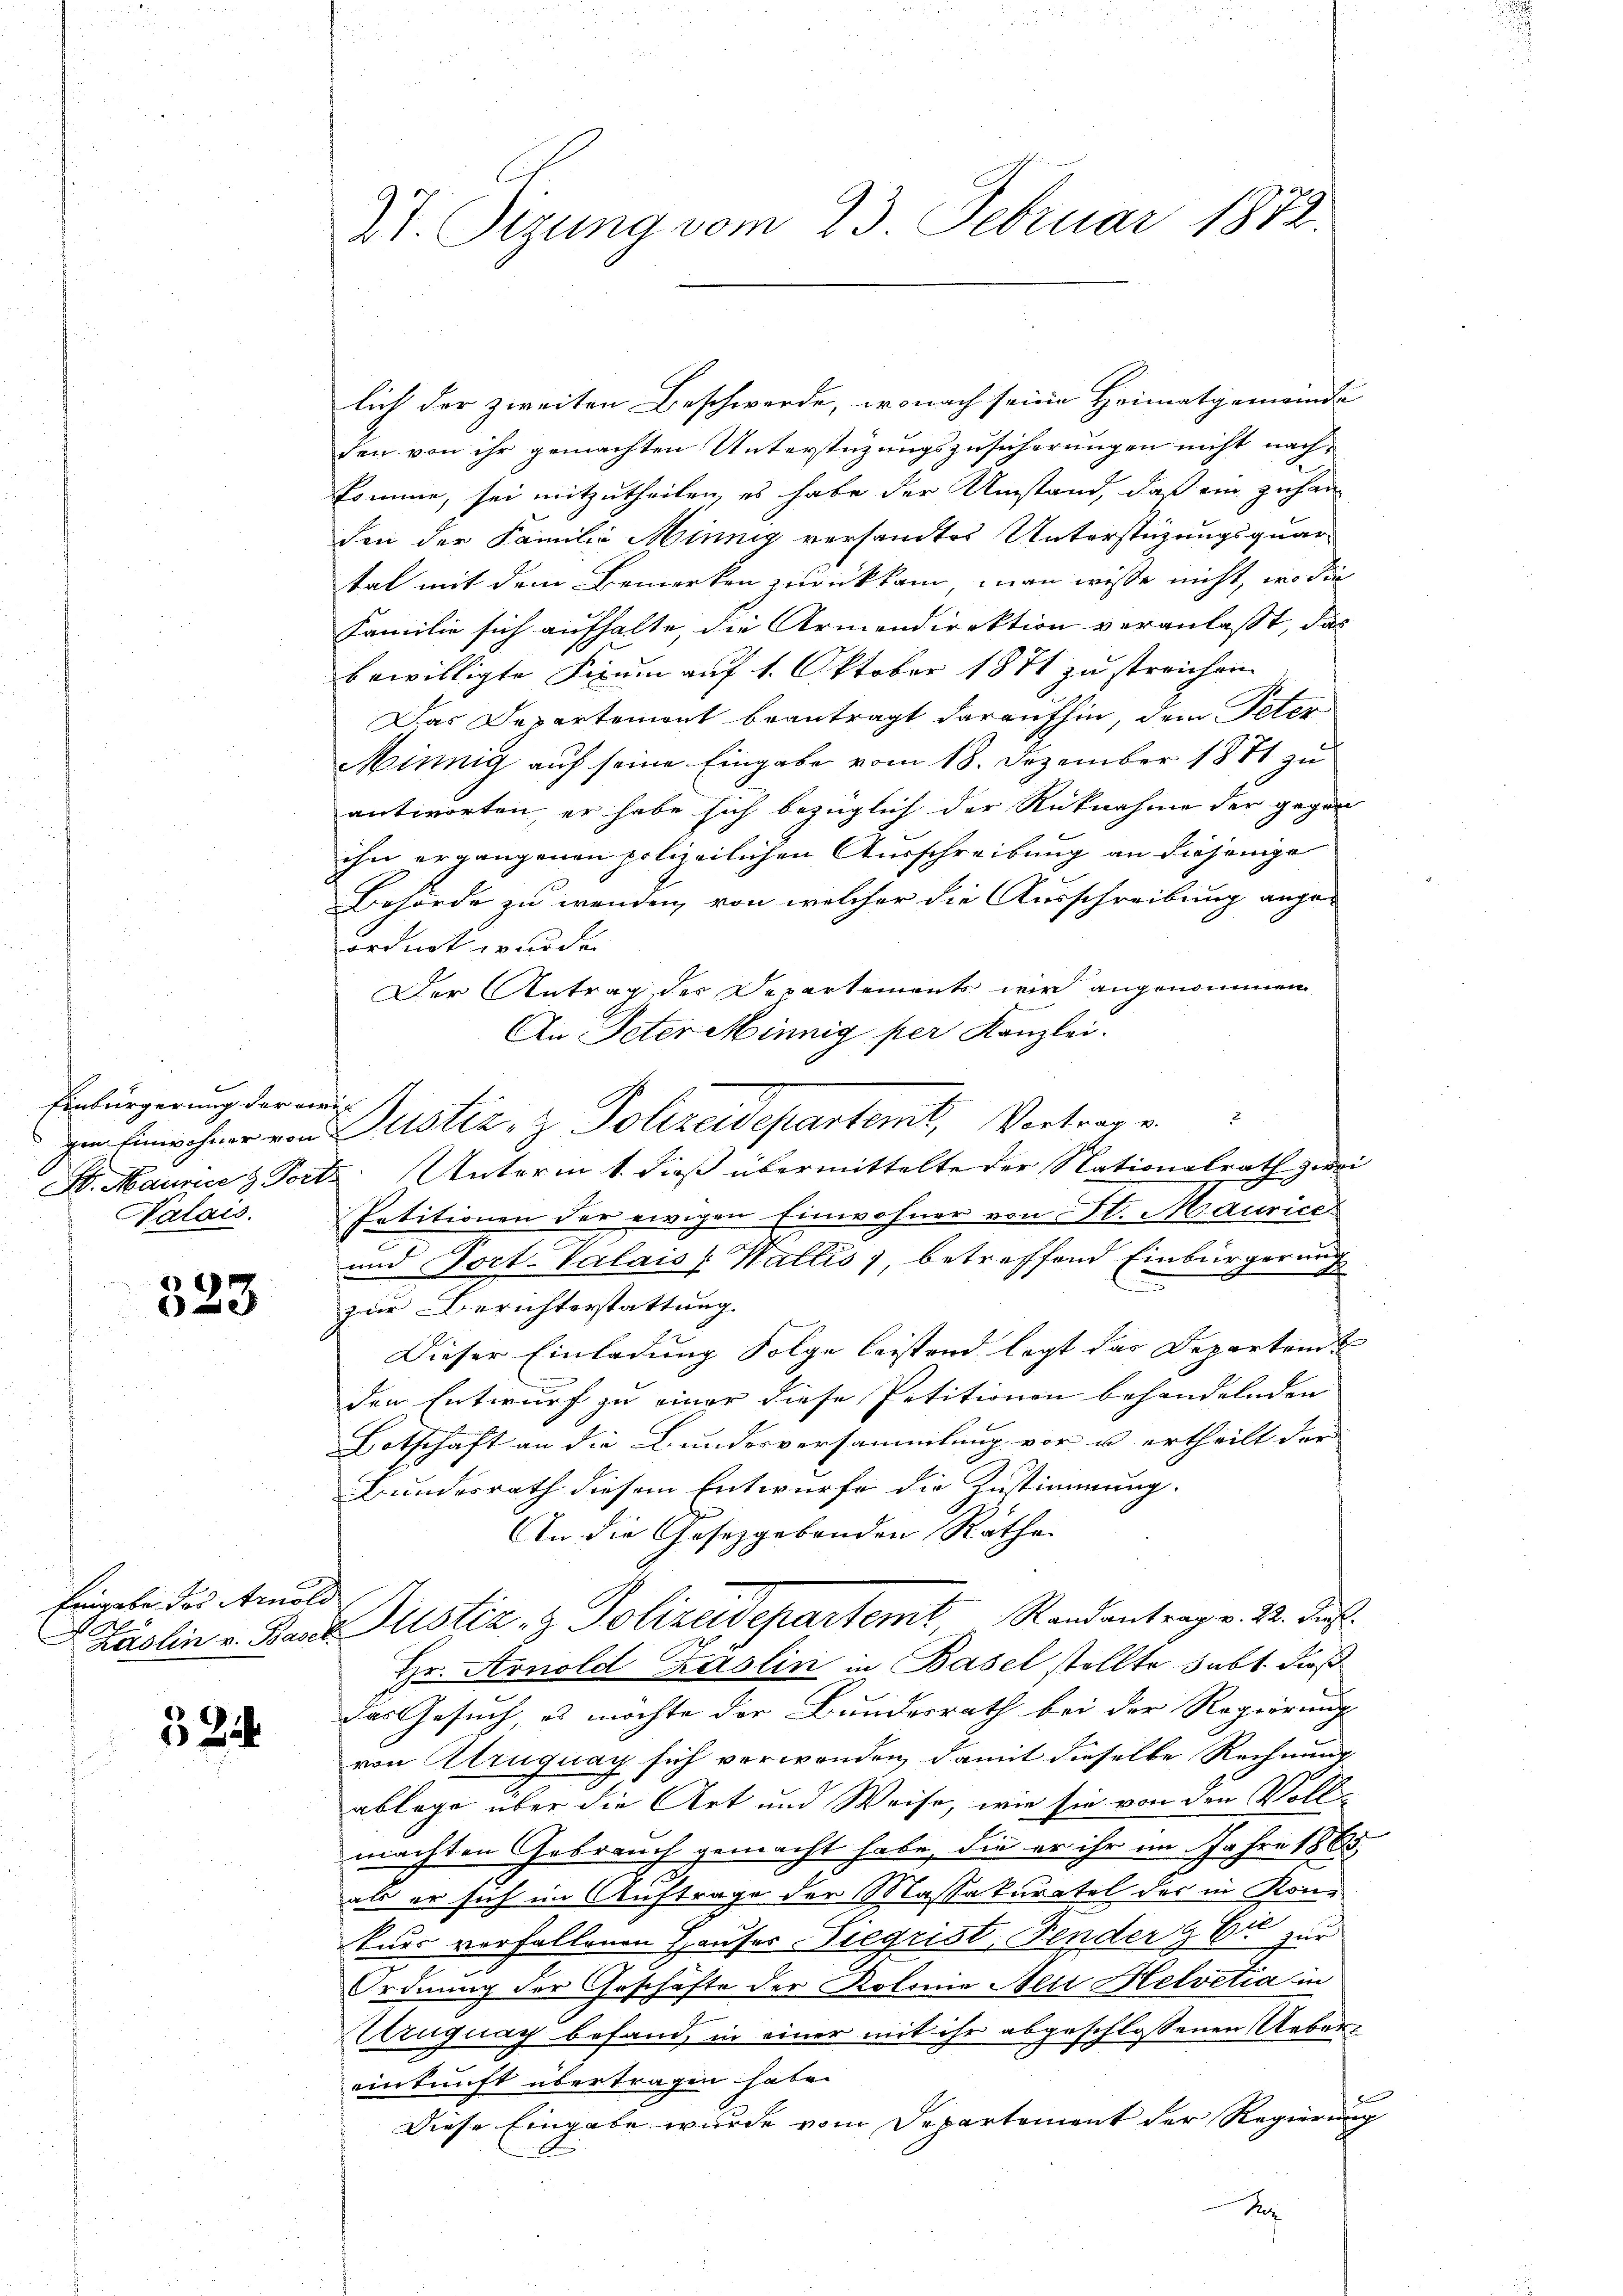
Einbürgerung der orie
Nalais.

323

Brigabe des Arnold
p

524

VI. Sizung vom 23. Februar 1872.

lich der zweiten Beschwerde, wonach seine Heimatgemeinde
den von ihr gemachten Unterstüzungszusicherungen nicht nachkomme, sei mitzutheilen, es habe der Umstand, daß ein zuhanden der Familie Minnig versandtes Unterstüzungsquar
tal mit dem Bemerken zurückkam, man wisse nicht, wo die
Familie sich aufhalte, die Armendirektion veranlasst, das
bewilligte Fixum auf 1. Oktober 1871 zu streichen.
Das Departement beantragt daraufhin, dem Peter
Minnig auf seine Eingabe vom 18. Dezember 1871 zu
antworten, er habe sich bezüglich der Rücknahme der gegen
ihn ergangenen polizeilichen Ausschreibung an diejenige
Behörde zu wenden, von welcher die Ausschreibung ange-
ordnet wurde.
Der Antrag des Departements wird angenommen
An Peter Minnig per Kanzlei.
ze Einwohner von Justiz, z. Polizeidepartemt, Vortrage
S. Maurice & Porte Unterm 1. dieß übermittelte der Nationalrath zwei
Petitionen der ewigen Einwohner von A. Maurice
und Fort-Valais, Wallis, betreffend Einbürgerung
a
zur Berichterstattung
Dieser Einladung Folge leistend legt das Departen u
den Entwurf zu einer diese Petitionen behandelnden
Botschaft an die Bundesversammlung vor u ertheilt der
Bundesrath diesem Entwurfe die Zustimmung.
An die Gesetzgebenden Rathe
zuolin v. Karl Justiz- & Polizeidepartemt, Randantrag v. 22. Fuß.
Hr. Arnold Kaslin in Basel stellte habt, dieß
das Gesuch, es möchte der Bundesrath bei der Regierung
von Alruguay sich verwenden, damit dieselbe Rechnung
ablage über die Art und Weise, wie sie von den Vollmachten Gebrauch gemacht habe, die er ihr im Jahre 1865
als er sich im Auftrage der Massakuratel der in Konkurs vorfallenen Hauser Siegrist, Fender  Er zur
Ordnung der Geschäfte der Kolonie Nei Helvetia in
Uruguay befand, in einer mit ihr abgeschlossenen Uebereinkunft übertragen habe.
b
Diese Eingabe wurde vom Departement der Regierung
Seg